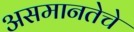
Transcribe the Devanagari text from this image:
असमानतेचे